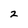
Character: 2